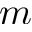
m